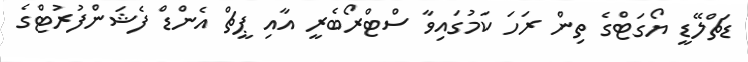
ޑަޗްލޭޑީ ޔޯގަޓްގެ ތިން ރަހަ ކަމުގައިވާ ސްޓްރޯބެރީ އާއި ޕީޗް އެންޑް ފެޝަންފުރުޓްގެ